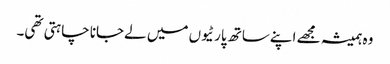
وہ ہمیشہ مجھے اپنےساتھ پارٹیوں میں لےجانا چاہتی تھی۔